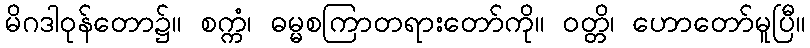
မိဂဒါဝုန်တော၌။ စက္ကံ၊ ဓမ္မစကြာတရားတော်ကို။ ဝတ္တိ၊ ဟောတော်မူပြီ။